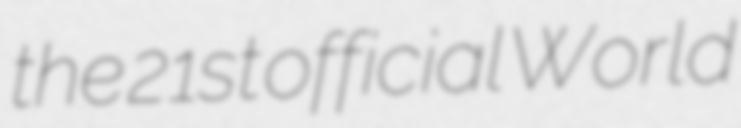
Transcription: the 21st official World